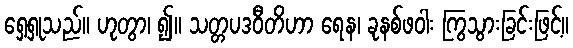
ရှေ့ရှုသည်။ ဟုတွာ၊ ၍။ သတ္တပဒဝီတိဟာ ရေန၊ ခုနစ်ဖဝါး ကြွသွားခြင်းဖြင့်။